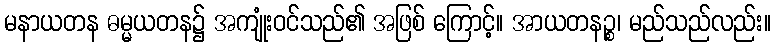
မနာယတန ဓမ္မယတန၌ အကျုံးဝင်သည်၏ အဖြစ် ကြောင့်။ အာယတနဉ္စ၊ မည်သည်လည်း။